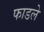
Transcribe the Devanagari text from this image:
फाडले